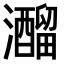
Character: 𤄍